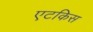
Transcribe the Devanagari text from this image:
एटकिस